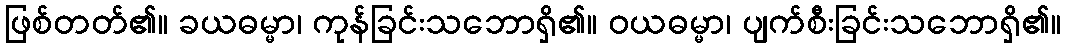
ဖြစ်တတ်၏။ ခယဓမ္မာ၊ ကုန်ခြင်းသဘောရှိ၏။ ဝယဓမ္မာ၊ ပျက်စီးခြင်းသဘောရှိ၏။